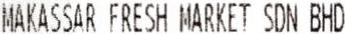
MAKASSAR FRESH MARKET SDN BHD